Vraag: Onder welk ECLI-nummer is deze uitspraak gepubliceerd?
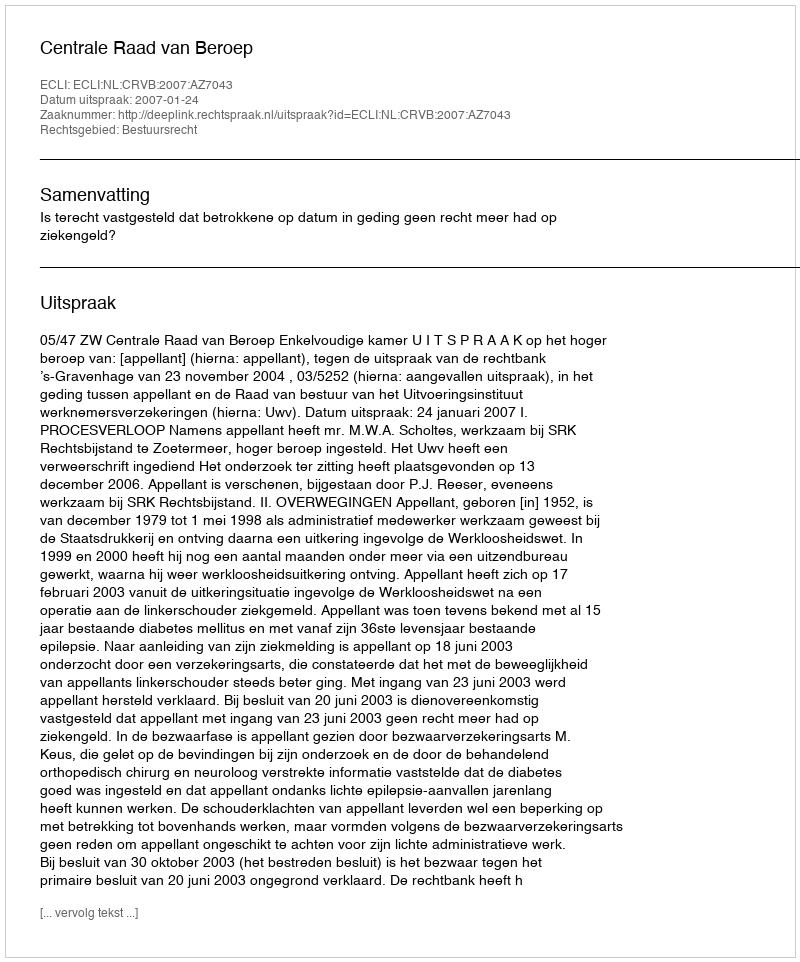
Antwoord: ECLI:NL:CRVB:2007:AZ7043